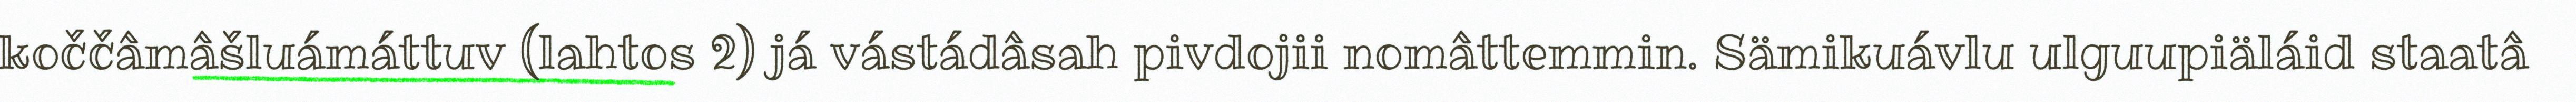
koččâmâšluámáttuv (lahtos 2) já vástádâsah pivdojii nomâttemmin. Sämikuávlu ulguupiäláid staatâ